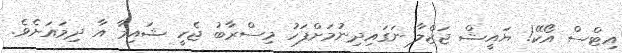
އިޓްސް އޯކޭ! ޔައީޝް ޖަޒްލާ ނަގައިދިނުމަށްފަހު މިސްރާބު ޖެހީ ޝައިމާ އާ ދިމައަށެވެ.